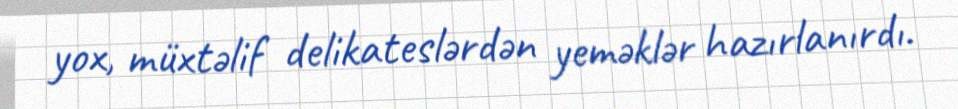
yox, müxtəlif delikateslərdən yeməklər hazırlanırdı.